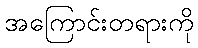
အကြောင်းတရားကို